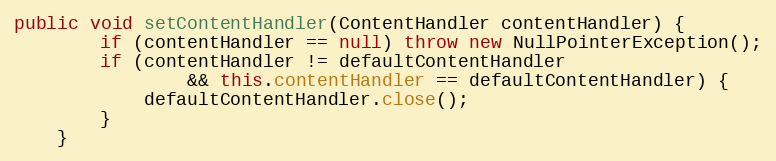
Language: Java
public void setContentHandler(ContentHandler contentHandler) {
        if (contentHandler == null) throw new NullPointerException();
        if (contentHandler != defaultContentHandler
                && this.contentHandler == defaultContentHandler) {
            defaultContentHandler.close();
        }
    }